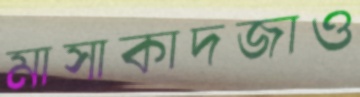
মাসাকাদজাও